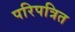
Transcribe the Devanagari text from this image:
परिपत्रित